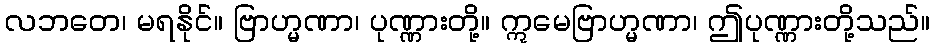
လဘတေ၊ မရနိုင်။ ဗြာဟ္မဏာ၊ ပုဏ္ဏားတို့။ ဣမေဗြာဟ္မဏာ၊ ဤပုဏ္ဏားတို့သည်။